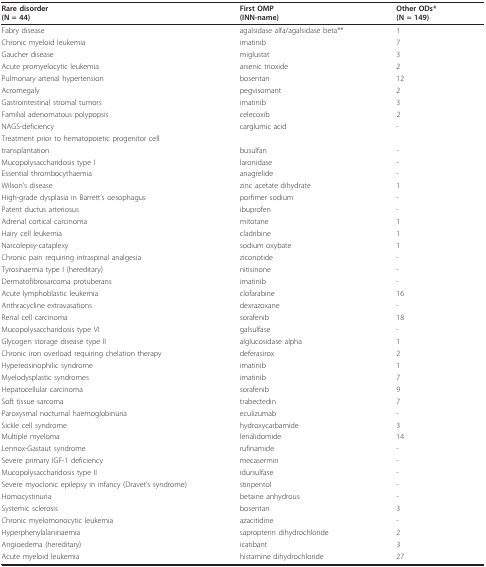
<table><thead><tr><td><b>Rare disorder(N = 44)</b></td><td><b>First OMP(INN-name)</b></td><td><b>Other ODs*(N = 149)</b></td></tr></thead><tbody><tr><td>Fabry disease</td><td>agalsidase alfa/agalsidase beta**</td><td>1</td></tr><tr><td>Chronic myeloid leukemia</td><td>imatinib</td><td>7</td></tr><tr><td>Gaucher disease</td><td>miglustat</td><td>3</td></tr><tr><td>Acute promyelocytic leukemia</td><td>arsenic trioxide</td><td>2</td></tr><tr><td>Pulmonary arterial hypertension</td><td>bosentan</td><td>12</td></tr><tr><td>Acromegaly</td><td>pegvisomant</td><td>2</td></tr><tr><td>Gastrointestinal stromal tumors</td><td>imatinib</td><td>3</td></tr><tr><td>Familial adenomatous polypopsis</td><td>celecoxib</td><td>2</td></tr><tr><td>NAGS-deficiency</td><td>carglumic acid</td><td>-</td></tr><tr><td>Treatment prior to hematopoietic progenitor cell</td><td></td><td></td></tr><tr><td>transplantation</td><td>busulfan</td><td>-</td></tr><tr><td>Mucopolysaccharidosis type I</td><td>laronidase</td><td>-</td></tr><tr><td>Essential thrombocythaemia</td><td>anagrelide</td><td>-</td></tr><tr><td>Wilson&#x27;s disease</td><td>zinc acetate dihydrate</td><td>1</td></tr><tr><td>High-grade dysplasia in Barrett&#x27;s oesophagus</td><td>porfimer sodium</td><td>-</td></tr><tr><td>Patent ductus arteriosus</td><td>ibuprofen</td><td>-</td></tr><tr><td>Adrenal cortical carcinoma</td><td>mitotane</td><td>1</td></tr><tr><td>Hairy cell leukemia</td><td>cladribine</td><td>1</td></tr><tr><td>Narcolepsy-cataplexy</td><td>sodium oxybate</td><td>1</td></tr><tr><td>Chronic pain requiring intraspinal analgesia</td><td>ziconotide</td><td>-</td></tr><tr><td>Tyrosinaemia type I (hereditary)</td><td>nitisinone</td><td>-</td></tr><tr><td>Dermatofibrosarcoma protuberans</td><td>imatinib</td><td>-</td></tr><tr><td>Acute lymphoblastic leukemia</td><td>clofarabine</td><td>16</td></tr><tr><td>Anthracycline extravasations</td><td>dexrazoxane</td><td>-</td></tr><tr><td>Renal cell carcinoma</td><td>sorafenib</td><td>18</td></tr><tr><td>Mucopolysaccharidosis type VI</td><td>galsulfase</td><td>-</td></tr><tr><td>Glycogen storage disease type II</td><td>alglucosidase alpha</td><td>1</td></tr><tr><td>Chronic iron overload requiring chelation therapy</td><td>deferasirox</td><td>2</td></tr><tr><td>Hypereosinophilic syndrome</td><td>imatinib</td><td>1</td></tr><tr><td>Myelodysplastic syndromes</td><td>imatinib</td><td>7</td></tr><tr><td>Hepatocellular carcinoma</td><td>sorafenib</td><td>9</td></tr><tr><td>Soft tissue sarcoma</td><td>trabectedin</td><td>7</td></tr><tr><td>Paroxysmal nocturnal haemoglobinuria</td><td>eculizumab</td><td>-</td></tr><tr><td>Sickle cell syndrome</td><td>hydroxycarbamide</td><td>3</td></tr><tr><td>Multiple myeloma</td><td>lenalidomide</td><td>14</td></tr><tr><td>Lennox-Gastaut syndrome</td><td>rufinamide</td><td>-</td></tr><tr><td>Severe primary IGF-1 deficiency</td><td>mecasermin</td><td>-</td></tr><tr><td>Mucopolysaccharidosis type II</td><td>idursulfase</td><td>-</td></tr><tr><td>Severe myoclonic epilepsy in infancy (Dravet&#x27;s syndrome)</td><td>stiripentol</td><td>-</td></tr><tr><td>Homocystinuria</td><td>betaine anhydrous</td><td>-</td></tr><tr><td>Systemic sclerosis</td><td>bosentan</td><td>3</td></tr><tr><td>Chronic myelomonocytic leukemia</td><td>azacitidine</td><td>-</td></tr><tr><td>Hyperphenylalaninaemia</td><td>sapropterin dihydrochloride</td><td>2</td></tr><tr><td>Angioedema (hereditary)</td><td>icatibant</td><td>3</td></tr><tr><td>Acute myeloid leukemia</td><td>histamine dihydrochloride</td><td>27</td></tr></tbody></table>